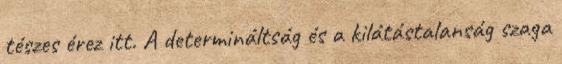
tészes érez itt. A determináltság és a kilátástalanság szaga